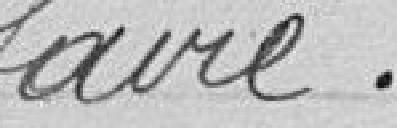
faire.